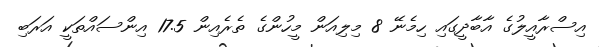
އިސްރާއީލުގެ އާބާދީގައި ހިމެނޭ 8 މިލިއަން މީހުންގެ ތެރެއިން 17.5 އިންސައްތަކީ އަރަބި